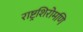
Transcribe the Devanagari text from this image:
राष्ट्रशिरोमणि